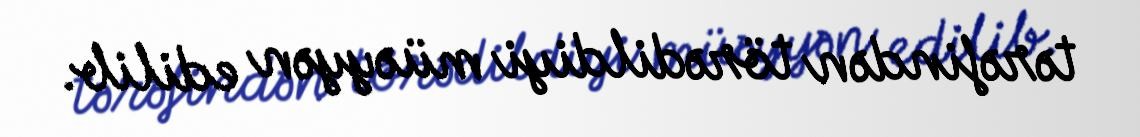
tərəfindən törədildiyi müəyyən edilib.